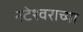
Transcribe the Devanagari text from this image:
नटेश्वराच्या